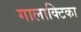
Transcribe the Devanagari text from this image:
गालाक्टिका